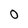
Character: 0